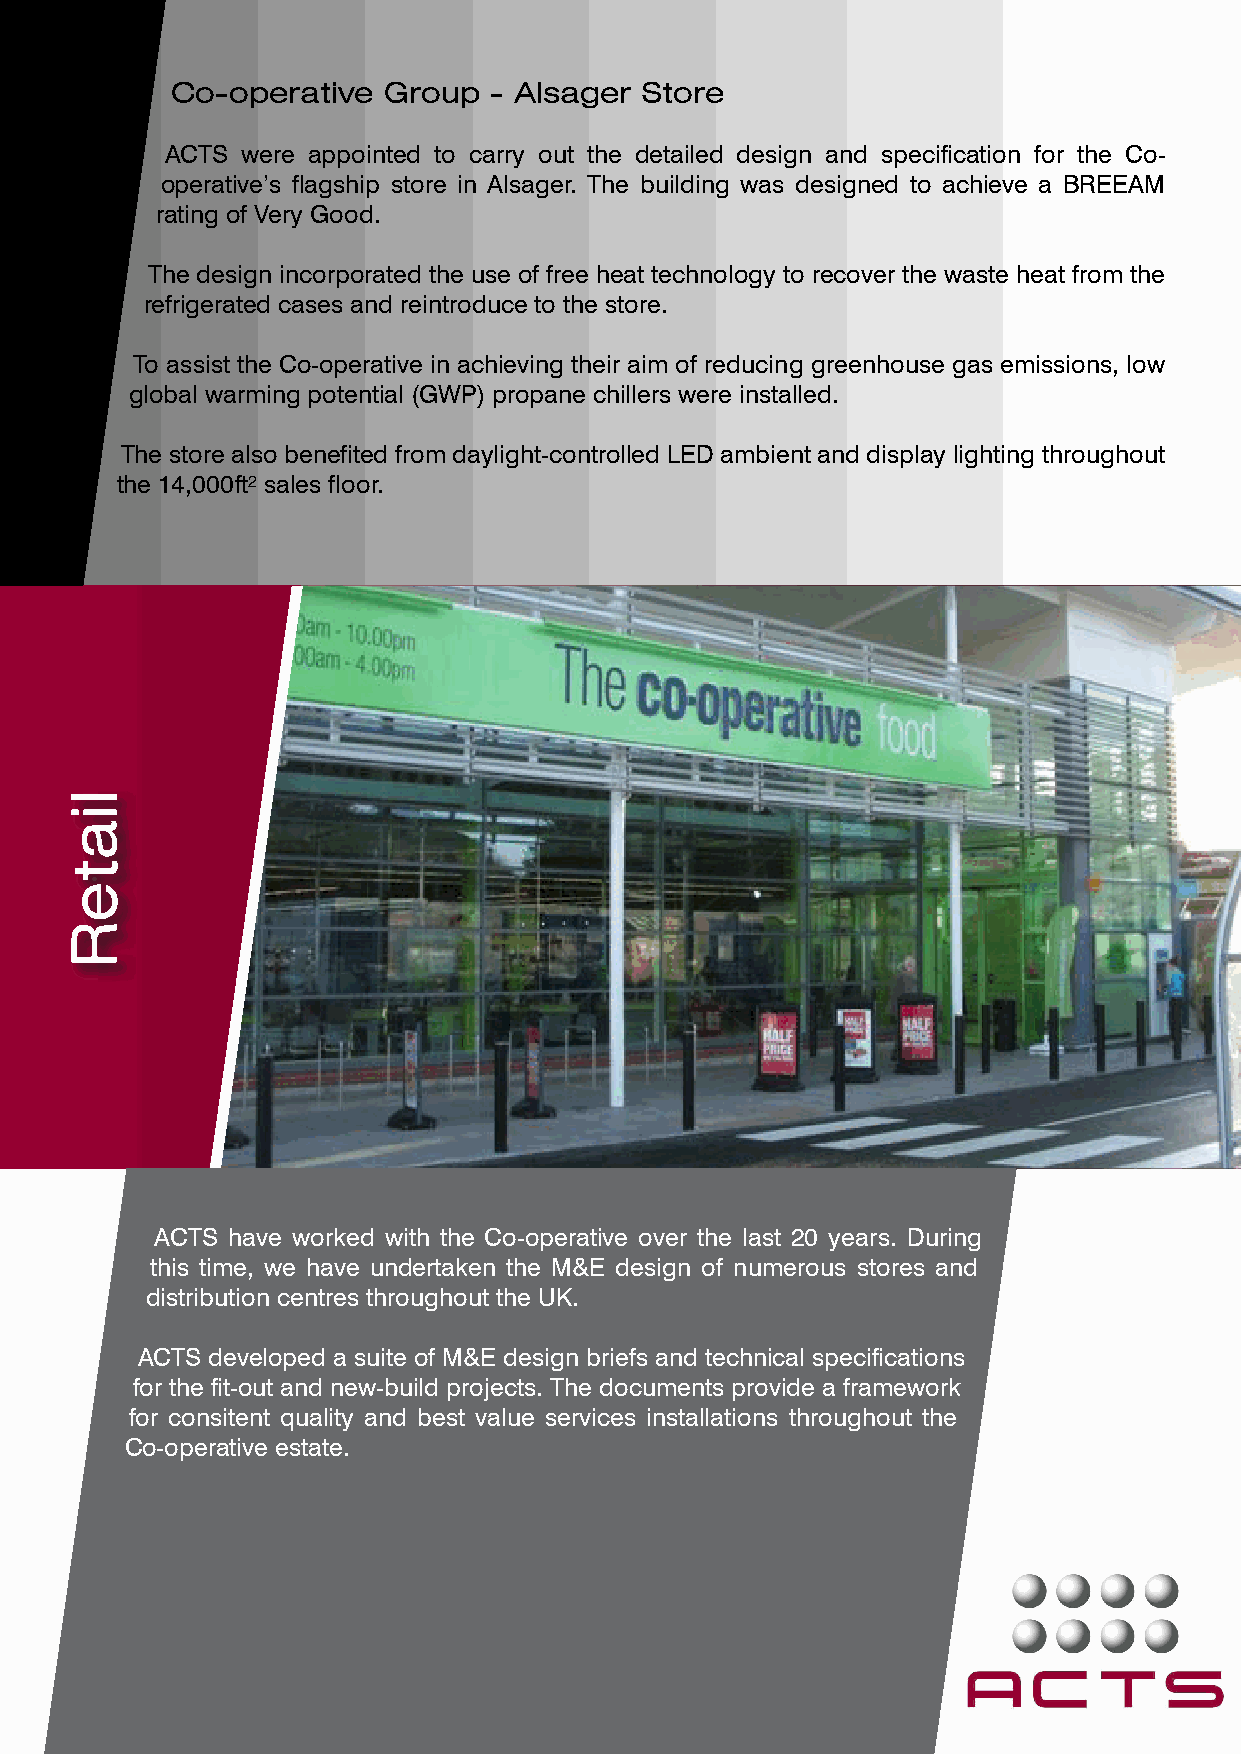
Co-operative  Group  - Alsager Store
 ACTS were appointed to carry out the detailed design and specification for the Co-
 operative’s flagship store in Alsager. The building was designed to achieve a BREEAM
 rating of Very Good.
 The design incorporated the use of free heat technology to recover the waste heat from the
 refrigerated cases and reintroduce to the store.
 To assist the Co-operative in achieving their aim of reducing greenhouse gas emissions, low
 global warming potential (GWP) propane chillers were installed.
 The store also benefited from daylight-controlled LED ambient and display lighting throughout
 the 14,000 ft² sales floor.
 ACTS have worked with the Co-operative over the last 20 years. During
 this time, we have undertaken the M&E design of numerous stores and
 distribution centres throughout the UK.
 ACTS developed a suite of M&E design briefs and technical specifications
 for the fit-out and new-build projects. The documents provide a framework
 for consitent quality and best value services installations throughout the
 Co-operative estate.
 liateR